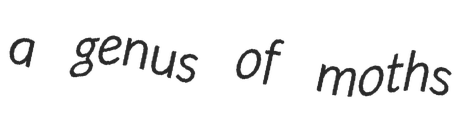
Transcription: a genus of moths